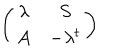
LaTeX: \left( \begin{array} { c c } { { \lambda } } & { { S } } \\ { { A } } & { { - \lambda ^ { t } } } \\ \end{array} \right)